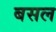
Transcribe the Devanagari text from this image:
बसल